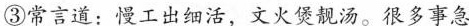
③常言道：慢工出细活，文火煲靓汤。很多事急